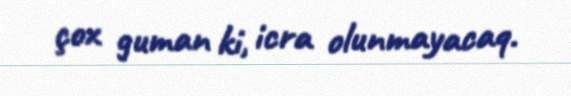
çox guman ki, icra olunmayacaq.